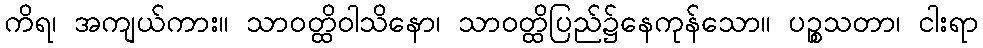
ကိရ၊ အကျယ်ကား။ သာဝတ္ထိဝါသိနော၊ သာဝတ္ထိပြည်၌နေကုန်သော။ ပဉ္စသတာ၊ ငါးရာ